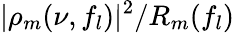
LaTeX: |\rho_{m}(\nu,f_{l})|^{2}/R_{m}(f_{l})